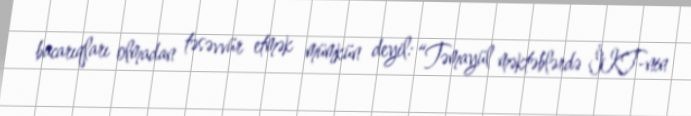
bacarıqları olmadan təsəvvür etmək mümkün deyil: “Təmayül məktəblərdə İKT-nin